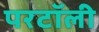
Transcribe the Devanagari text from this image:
परटॉली